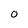
Character: o